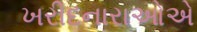
ખરીદનારાઓએ